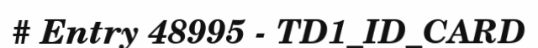
# Entry 48995 - TD1_ID_CARD